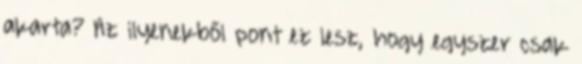
akarta? Az ilyenekből pont ez lesz, hogy egyszer csak